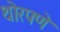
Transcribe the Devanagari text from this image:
थोरपणे